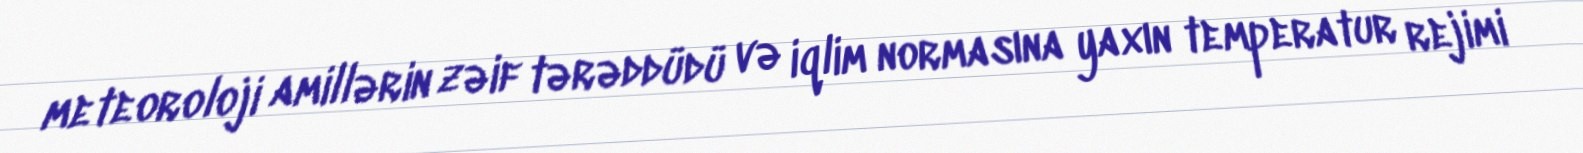
meteoroloji amillərin zəif tərəddüdü və iqlim normasına yaxın temperatur rejimi